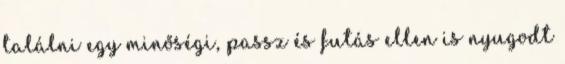
találni egy minőségi, passz és futás ellen is nyugodt